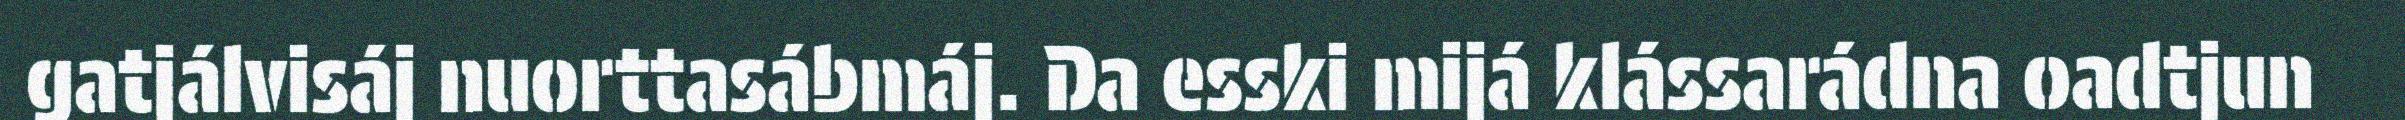
gatjálvisáj nuorttasábmáj. Da esski mijá klássarádna oadtjun